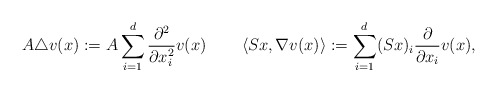
\begin{align*} A\triangle v(x):=A\sum_{i=1}^{d}\frac{\partial^2}{\partial x_i^2}v(x)\quad\quad\left\langle Sx,\nabla v(x)\right\rangle:=\sum_{i=1}^{d}(Sx)_i\frac{\partial}{\partial x_i}v(x),\end{align*}